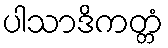
ပါသာဒိကတ္တံ